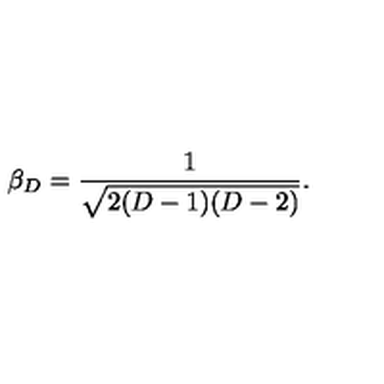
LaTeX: \beta _ { D } = \frac { 1 } { \sqrt { 2 ( D - 1 ) ( D - 2 ) } } .